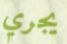
يجري